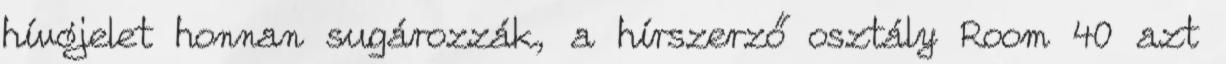
hívójelet honnan sugározzák, a hírszerző osztály Room 40 azt